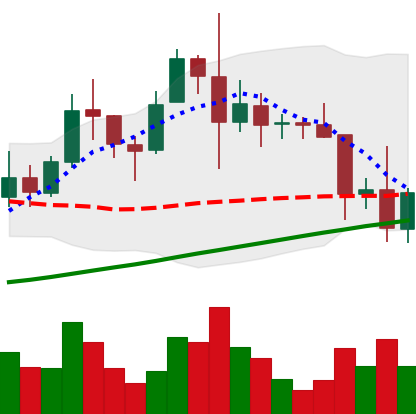
Ticker: XRP-USD
Chart end date: 2021-11-19
Forward return: -4.528%
Label: down_3_5